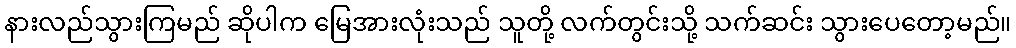
နားလည်သွားကြမည် ဆိုပါက မြေအားလုံးသည် သူတို့ လက်တွင်းသို့ သက်ဆင်း သွားပေတော့မည်။